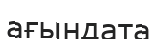
ағындата